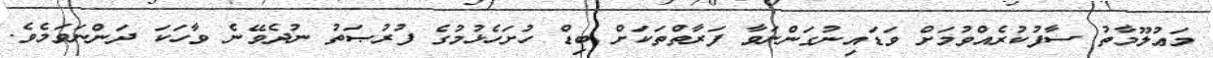
މަޢުލޫމާތު ސާފުކުރެއްވުމަށް ވަޑައިނުގަންނަވާ ފަރާތްތަކަށް ބިޑް ހުށަހެޅުމުގެ ފުރުޞަތު ނުދެވޭނެ ވާހަކަ ދަންނަވަމެވެ.